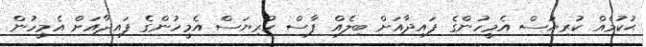
ޙުކުމެއް ކުރިޔަސް އެމީހުންގެ ފައިދާއަށް ބިލެއް ފާސް ކުރިޔަސް އެމީހުންގެ ފައިދާއަށް އެމީހުން